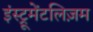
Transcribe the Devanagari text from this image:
इंस्ट्रूमेंटलिज़म